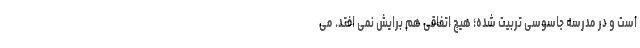
است و در مدرسه جاسوسی تربیت شده؛ هیچ اتفاقی هم برایش نمی افتد. می